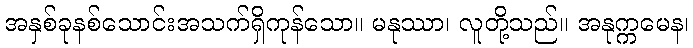
အနှစ်ခုနစ်သောင်းအသက်ရှိကုန်သော။ မနုဿာ၊ လူတို့သည်။ အနုက္ကမေန၊